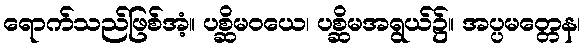
ရောက်သည်ဖြစ်အံ့။ ပစ္ဆိမဝယေ၊ ပစ္ဆိမအရွယ်၌။ အပ္ပမတ္တေန၊